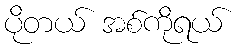
ပိုတယ် အစ်ကိုရယ်